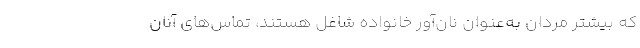
که بیشتر مردان به‌عنوان نان‌آور خانواده شاغل هستند، تماس‌های آنان